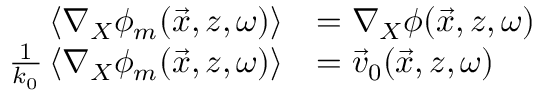
\begin{array} { r l } { \left\langle \nabla _ { X } \phi _ { m } ( \vec { x } , z , \omega ) \right\rangle } & { = \nabla _ { X } \phi ( \vec { x } , z , \omega ) } \\ { \frac { 1 } { k _ { 0 } } \left\langle \nabla _ { X } \phi _ { m } ( \vec { x } , z , \omega ) \right\rangle } & { = \vec { v } _ { 0 } ( \vec { x } , z , \omega ) } \end{array}